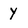
Character: y